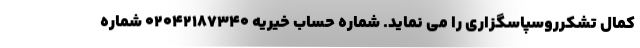
کمال تشکرروسپاسگزاری را می نماید. شماره حساب خیریه 02042187340 شماره